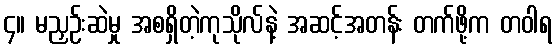
၄။ မညှဉ်းဆဲမှု အစရှိတဲ့ကုသိုလ်နဲ့ အဆင့်အတန်း တက်ဖို့က တဝါရ